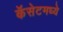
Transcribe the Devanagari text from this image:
कॅसेटमध्ये